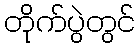
တိုက်ပွဲတွင်